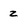
Character: z